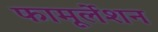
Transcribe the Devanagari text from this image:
फामूर्लेशन